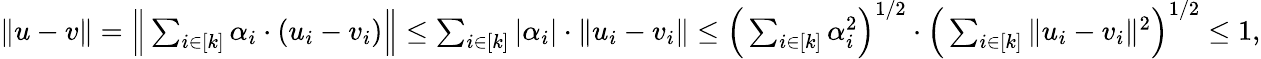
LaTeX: \begin{array}{r}{\| u-v\| =\Big\| \sum_{i\in[k]}{\alpha_{i}\cdot(u_{i}-v_{i})}\Big\| \leq\sum_{i\in[k]}{|\alpha_{i}|\cdot\| u_{i}-v_{i}\| }\leq\Big(\sum_{i\in[k]}{\alpha_{i}^{2}}\Big)^{1/2}\cdot\Big(\sum_{i\in[k]}{\| u_{i}-v_{i}\| ^{2}}\Big)^{1/2}\leq 1,}\end{array}